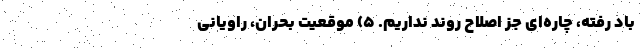
باد رفته، چاره‌ای جز اصلاح روند نداریم. ۵) موقعیتِ بحران، راویانی